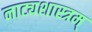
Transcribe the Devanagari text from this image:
नाट्यशास्त्रम्